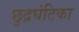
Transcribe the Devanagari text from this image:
छुद्रघंटिका